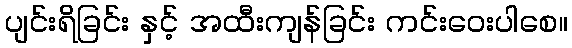
ပျင်းရိခြင်း နှင့် အထီးကျန်ခြင်း ကင်းဝေးပါစေ။